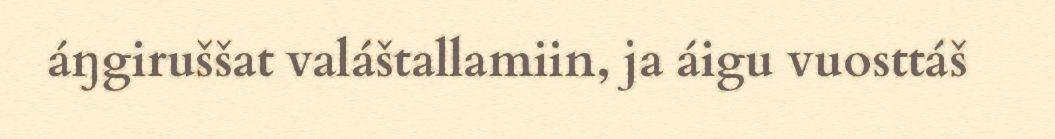
áŋgiruššat valáštallamiin, ja áigu vuosttáš